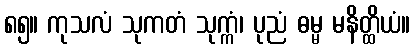
၈၅။ ကုသလံ သုကတံ သုက္ကံ၊ ပုညံ ဓမ္မ မနိတ္ထိယံ။